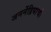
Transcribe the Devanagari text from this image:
जननेंद्रियांची